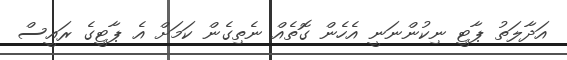
އަދާލަތު ޕާޓީ ނިކުންނަނީ އެހެން ގޮތެއް ނެތިގެން ކަމަށް އެ ޕާޓީގެ ރައީސް